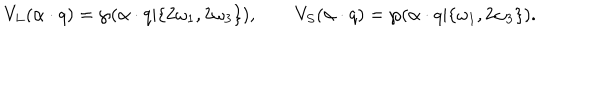
LaTeX: V _ { L } ( \alpha \cdot q ) = \wp ( \alpha \cdot q | \{ 2 \omega _ { 1 } , 2 \omega _ { 3 } \} ) , \qquad V _ { S } ( \alpha \cdot q ) = \wp ( \alpha \cdot q | \{ \omega _ { 1 } , 2 \omega _ { 3 } \} ) .